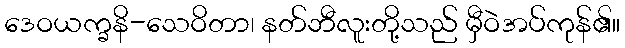
ဒေဝယက္ခနိ-သေဝိတာ၊ နတ်ဘီလူးတို့သည် မှီဝဲအပ်ကုန်၏။